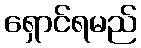
ရှောင်ရမည်